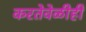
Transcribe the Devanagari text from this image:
करतेवेळीही